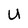
Character: U